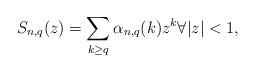
LaTeX: \begin{align*}S_{n,q}(z)=\sum_{k\geq q} \alpha_{n,q}(k) z^k\forall |z|<1,\end{align*}